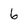
Character: 6